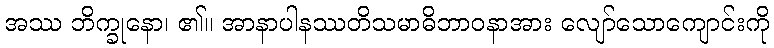
အဿ ဘိက္ခုနော၊ ၏။ အာနာပါနဿတိသမာဓိဘာဝနာအား လျော်သောကျောင်းကို